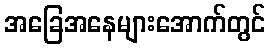
အခြေအနေများအောက်တွင်